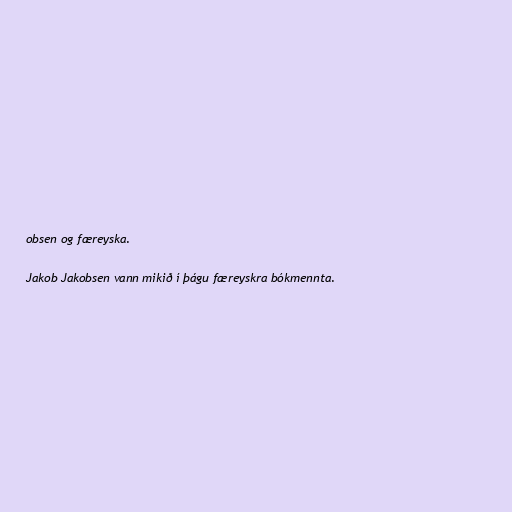
obsen og færeyska.

Jakob Jakobsen vann mikið í þágu færeyskra bókmennta.